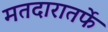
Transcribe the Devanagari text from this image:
मतदारातर्फे